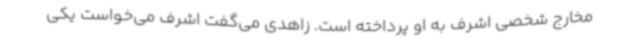
مخارج شخصی اشرف به او پرداخته است. زاهدی می‌گفت اشرف می‌خواست یکی